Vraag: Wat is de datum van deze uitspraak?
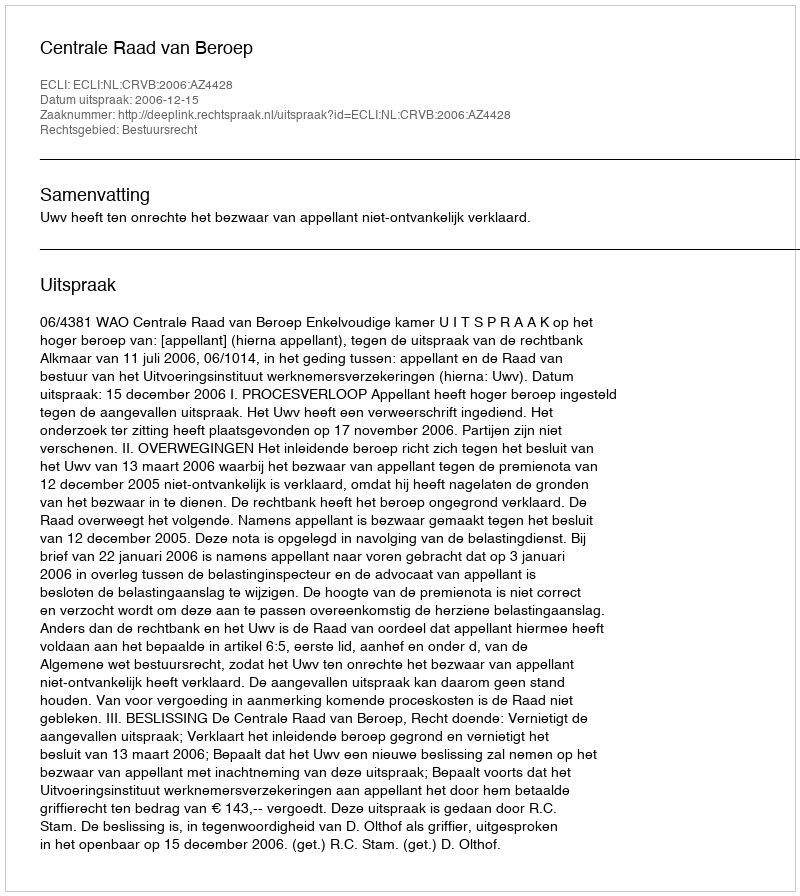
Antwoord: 2006-12-15